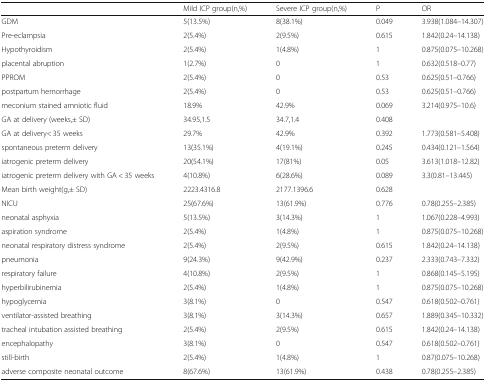
<table><thead><tr><td></td><td><b>Mild ICP group(n,%)</b></td><td><b>Severe ICP group(n,%)</b></td><td><b>P</b></td><td><b>OR</b></td></tr></thead><tbody><tr><td>GDM</td><td>5(13.5%)</td><td>8(38.1%)</td><td>0.049</td><td>3.938(1.084–14.307)</td></tr><tr><td>Pre-eclampsia</td><td>2(5.4%)</td><td>2(9.5%)</td><td>0.615</td><td>1.842(0.24–14.138)</td></tr><tr><td>Hypothyroidism</td><td>2(5.4%)</td><td>1(4.8%)</td><td>1</td><td>0.875(0.075–10.268)</td></tr><tr><td>placental abruption</td><td>1(2.7%)</td><td>0</td><td>1</td><td>0.632(0.518–0.77)</td></tr><tr><td>PPROM</td><td>2(5.4%)</td><td>0</td><td>0.53</td><td>0.625(0.51–0.766)</td></tr><tr><td>postpartum hemorrhage</td><td>2(5.4%)</td><td>0</td><td>0.53</td><td>0.625(0.51–0.766)</td></tr><tr><td>meconium stained amniotic fluid</td><td>18.9%</td><td>42.9%</td><td>0.069</td><td>3.214(0.975–10.6)</td></tr><tr><td>GA at delivery (weeks,± SD)</td><td>34.95,1.5</td><td>34.7,1.4</td><td>0.408</td><td></td></tr><tr><td>GA at delivery&lt; 35 weeks</td><td>29.7%</td><td>42.9%</td><td>0.392</td><td>1.773(0.581–5.408)</td></tr><tr><td>spontaneous preterm delivery</td><td>13(35.1%)</td><td>4(19.1%)</td><td>0.245</td><td>0.434(0.121–1.564)</td></tr><tr><td>iatrogenic preterm delivery</td><td>20(54.1%)</td><td>17(81%)</td><td>0.05</td><td>3.613(1.018–12.82)</td></tr><tr><td>iatrogenic preterm delivery with GA &lt; 35 weeks</td><td>4(10.8%)</td><td>6(28.6%)</td><td>0.089</td><td>3.3(0.81–13.445)</td></tr><tr><td>Mean birth weight(g,± SD)</td><td>2223.4316.8</td><td>2177.1396.6</td><td>0.628</td><td></td></tr><tr><td>NICU</td><td>25(67.6%)</td><td>13(61.9%)</td><td>0.776</td><td>0.78(0.255–2.385)</td></tr><tr><td>neonatal asphyxia</td><td>5(13.5%)</td><td>3(14.3%)</td><td>1</td><td>1.067(0.228–4.993)</td></tr><tr><td>aspiration syndrome</td><td>2(5.4%)</td><td>1(4.8%)</td><td>1</td><td>0.875(0.075–10.268)</td></tr><tr><td>neonatal respiratory distress syndrome</td><td>2(5.4%)</td><td>2(9.5%)</td><td>0.615</td><td>1.842(0.24–14.138)</td></tr><tr><td>pneumonia</td><td>9(24.3%)</td><td>9(42.9%)</td><td>0.237</td><td>2.333(0.743–7.332)</td></tr><tr><td>respiratory failure</td><td>4(10.8%)</td><td>2(9.5%)</td><td>1</td><td>0.868(0.145–5.195)</td></tr><tr><td>hyperbilirubinemia</td><td>2(5.4%)</td><td>1(4.8%)</td><td>1</td><td>0.875(0.075–10.268)</td></tr><tr><td>hypoglycemia</td><td>3(8.1%)</td><td>0</td><td>0.547</td><td>0.618(0.502–0.761)</td></tr><tr><td>ventilator-assisted breathing</td><td>3(8.1%)</td><td>3(14.3%)</td><td>0.657</td><td>1.889(0.345–10.332)</td></tr><tr><td>tracheal intubation assisted breathing</td><td>2(5.4%)</td><td>2(9.5%)</td><td>0.615</td><td>1.842(0.24–14.138)</td></tr><tr><td>encephalopathy</td><td>3(8.1%)</td><td>0</td><td>0.547</td><td>0.618(0.502–0.761)</td></tr><tr><td>still-birth</td><td>2(5.4%)</td><td>1(4.8%)</td><td>1</td><td>0.87(0.075–10.268)</td></tr><tr><td>adverse composite neonatal outcome</td><td>8(67.6%)</td><td>13(61.9%)</td><td>0.438</td><td>0.78(0.255–2.385)</td></tr></tbody></table>